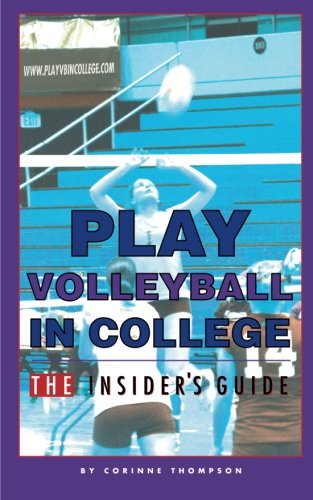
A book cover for Play Volleyball in College.  The Insider's Guide; Corinne Thompson; Sports & Outdoors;